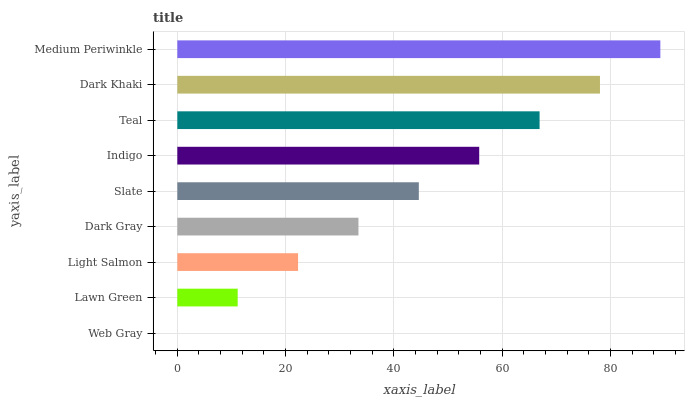
| yaxis_label | bars |
 | --- | --- |
 | Web Gray | 0 |
 | Lawn Green | 11.1 |
 | Light Salmon | 22.3 |
 | Dark Gray | 33.4 |
 | Slate | 44.6 |
 | Indigo | 55.7 |
 | Teal | 66.9 |
 | Dark Khaki | 78 |
 | Medium Periwinkle | 89.2 |